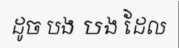
ដូច បង បង ដែល